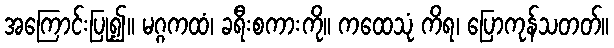
အကြောင်းပြု၍။ မဂ္ဂကထံ၊ ခရီးစကားကို။ ကထေသုံ ကိရ၊ ပြောကုန်သတတ်။